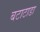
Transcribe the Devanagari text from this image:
बटाटाडा